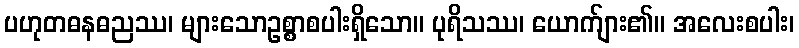
ပဟုတဓနဓညဿ၊ များသောဥစ္စာစပါးရှိသော။ ပုရိသဿ၊ ယောက်ျား၏။ အလေးစပါး၊